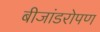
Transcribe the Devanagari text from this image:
बीजांडरोपण